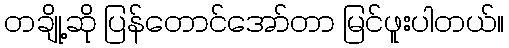
တချို့ဆို ပြန်တောင်အော်တာ မြင်ဖူးပါတယ်။